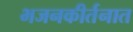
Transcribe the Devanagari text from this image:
भजनकीर्तनात